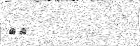
٤٥